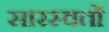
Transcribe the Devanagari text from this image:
सारस्वतों